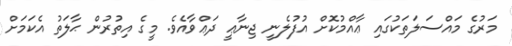
މަރުގެ މައްސަލަތަކުގައި ޢާއްމުކޮށް އުފުލެނީ ޖިނާޢީ ދަޢްވާއެވެ. މީގެ އިތުރުން ޙާލަތު އެކަމަށް